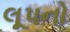
લૂપનો